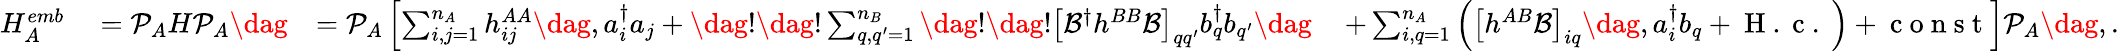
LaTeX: \begin{array}{rlrl}{H_{A}^{emb}}&{{}=\mathcal{P}_{A}H\mathcal{P}_{A}\dag}&{=\mathcal{P}_{A}\left[\sum_{i,j=1}^{n_{A}}h_{ij}^{AA}\dag,a_{i}^{\dagger}a_{j}+\dag!\dag!\sum_{q,q^{\prime}=1}^{n_{B}}\dag!\dag!\left[\mathcal{B}^{\dagger}h^{BB}\mathcal{B}\right]_{qq^{\prime}}b_{q}^{\dagger}b_{q^{\prime}}\right.\dag}&{{}\left.+\sum_{i,q=1}^{n_{A}}\left(\left[h^{AB}\mathcal{B}\right]_{iq}\dag,a_{i}^{\dagger}b_{q}+\mathrm{~H~.~c~.~}\right)+\mathrm{~c~o~n~s~t~}\right]\mathcal{P}_{A}\dag,.}\end{array}